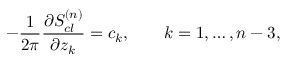
- { \frac { 1 } { 2 \pi } } { \frac { \partial S _ { c l } ^ { ( n ) } } { \partial z _ { k } } } = c _ { k } , \qquad k = 1 , \ldots , n - 3 ,